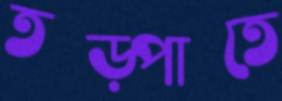
তড়্‌পাতে